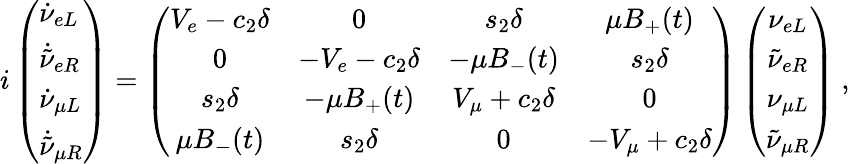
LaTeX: i\left(\begin{array}{l}{{\dot{\nu}_{eL}}}\\ {{\dot{\tilde{\nu}}_{eR}}}\\ {{\dot{\nu}_{\mu L}}}\\ {{\dot{\tilde{\nu}}_{\mu R}}}\end{array}\right)=\left(\begin{array}{cccc}{{V_{e}-c_{2}\delta}}&{{0}}&{{s_{2}\delta}}&{{\mu B_{+}(t)}}\\ {{0}}&{{-V_{e}-c_{2}\delta}}&{{-\mu B_{-}(t)}}&{{s_{2}\delta}}\\ {{s_{2}\delta}}&{{-\mu B_{+}(t)}}&{{V_{\mu}+c_{2}\delta}}&{{0}}\\ {{\mu B_{-}(t)}}&{{s_{2}\delta}}&{{0}}&{{-V_{\mu}+c_{2}\delta}}\end{array}\right)\left(\begin{array}{c}{{\nu_{eL}}}\\ {{\tilde{\nu}_{eR}}}\\ {{\nu_{\mu L}}}\\ {{\tilde{\nu}_{\mu R}}}\end{array}\right)~,